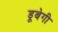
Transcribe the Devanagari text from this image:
डूबेगी